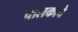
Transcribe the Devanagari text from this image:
चालकाचे